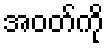
အဝတ်ကို